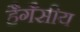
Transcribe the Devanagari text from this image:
हैगैसीय